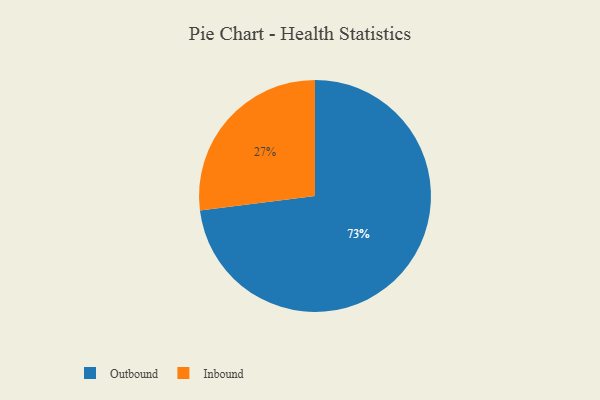
{"axis": {"x": "Category", "y": "Percentage"}, "legend": ["Inbound", "Outbound"], "data": [{"x": "Inbound", "y": 27, "type": "Inbound"}, {"x": "Outbound", "y": 73, "type": "Outbound"}]}